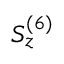
S _ { z } ^ { ( 6 ) }